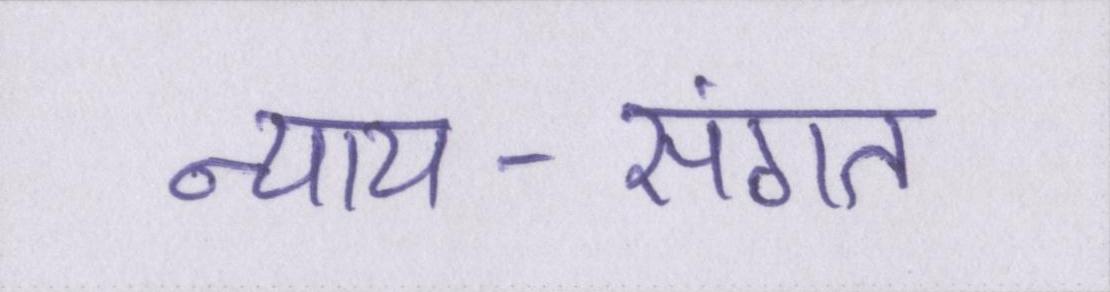
न्याय-संगत